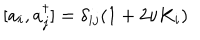
[ a _ { i } , a _ { j } ^ { \dagger } ] = \delta _ { i j } ( 1 + 2 \nu K _ { i } )